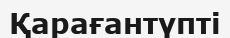
Қарағантүпті